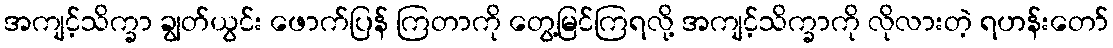
အကျင့်သိက္ခာ ချွတ်ယွင်း ဖောက်ပြန် ကြတာကို တွေ့မြင်ကြရလို့ အကျင့်သိက္ခာကို လိုလားတဲ့ ရဟန်းတော်